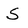
Character: S